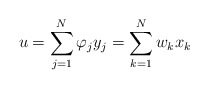
\begin{align*}u=\sum_{j=1}^{N}\varphi_{j}y_{j}=\sum_{k=1}^{N}w_{k}x_{k}\end{align*}